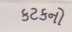
કટકનો